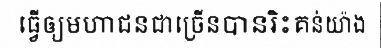
ធ្វើឲ្យមហាជនជាច្រើនបានរិះគន់យ៉ាង